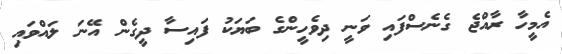
އެމީހާ ރާއްޖެ ގެނެސްފައި ވަނީ ދިވެހީންގެ ބަޔަކު ފައިސާ ދީގެން އޭނަ ލައްވައި